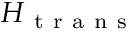
H _ { \mathrm { ~ t ~ r ~ a ~ n ~ s ~ } }